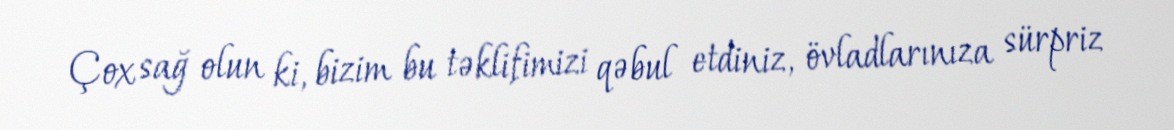
Çox sağ olun ki, bizim bu təklifimizi qəbul etdiniz, övladlarınıza sürpriz